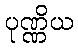
ပုဏ္ဏိယ